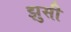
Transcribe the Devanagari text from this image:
झुसी